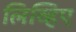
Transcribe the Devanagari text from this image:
लिव्हिए